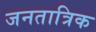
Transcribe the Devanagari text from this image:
जनतात्रिक